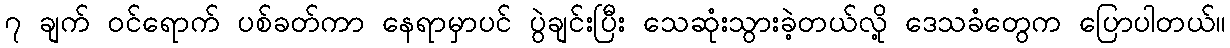
၇ ချက် ဝင်ရောက် ပစ်ခတ်ကာ နေရာမှာပင် ပွဲချင်းပြီး သေဆုံးသွားခဲ့တယ်လို့ ဒေသခံတွေက ပြောပါတယ်။